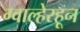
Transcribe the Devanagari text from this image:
ग्वाल्हेरहून